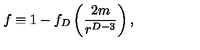
f \equiv 1 - f _ { D } \left( { \frac { 2 m } { r ^ { D - 3 } } } \right) ,